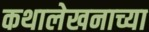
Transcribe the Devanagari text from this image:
कथालेखनाच्या